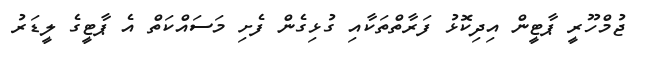
ޖުމްހޫރީ ޕާޓީން އިދިކޮޅު ފަރާތްތަކާއި ގުޅިގެން ފެށި މަސައްކަތް އެ ޕާޓީގެ ލީޑަރު